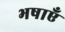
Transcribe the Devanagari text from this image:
भषाएँ